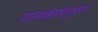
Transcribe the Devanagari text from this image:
गानकलाभूषण